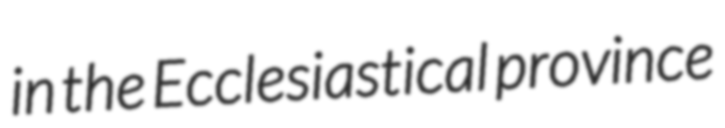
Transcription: in the Ecclesiastical province